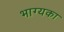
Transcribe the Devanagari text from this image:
भाग्यका